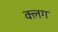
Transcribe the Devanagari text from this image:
क्लग